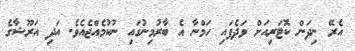
އެރޭ ނިދަން ކޮޓަރިއަށް ވަދެފައި ހަމްނާ އެ ބާރުމިނުގައި ނުކުމެއްޖެއެވެ. އަދި އަރޫޝާގެ